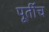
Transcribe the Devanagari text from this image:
पूर्तीच